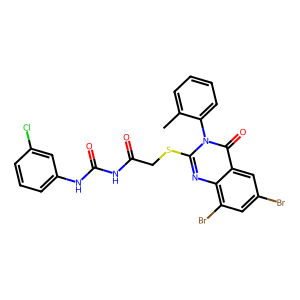
SMILES: Cc1ccccc1-n1c(SCC(=O)NC(=O)Nc2cccc(Cl)c2)nc2c(Br)cc(Br)cc2c1=O
Inhibits HIV replication: No